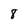
Character: 8